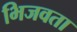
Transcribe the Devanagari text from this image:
भिजवता